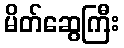
မိတ်ဆွေကြီး